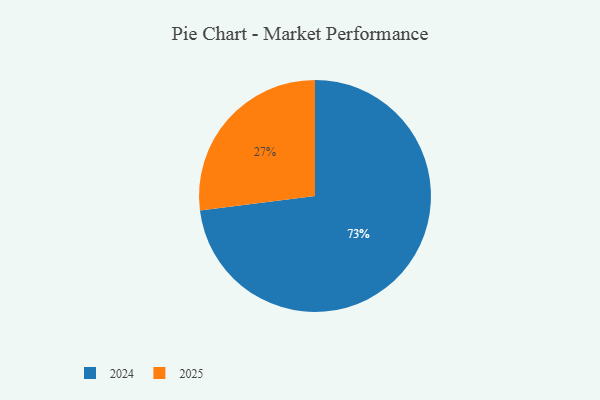
{"axis": {"x": "Category", "y": "Percentage"}, "legend": ["2024", "2025"], "data": [{"x": "2024", "y": 73, "type": "2024"}, {"x": "2025", "y": 27, "type": "2025"}]}